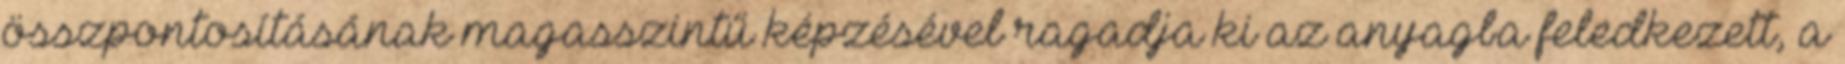
összpontosításának magasszintű képzésével ragadja ki az anyagba feledkezett, a